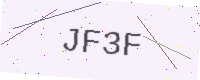
Text: JF3F